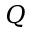
Q